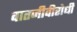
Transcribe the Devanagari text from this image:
वातजीवीरोधी